Source: Handwritten
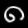
Digit: ၈ (8)